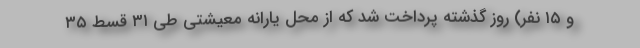
و ۱۵ نفر) روز گذشته پرداخت شد که از محل یارانه معیشتی طی ۳۱ قسط ۳۵